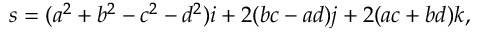
\boldsymbol { s } = ( a ^ { 2 } + b ^ { 2 } - c ^ { 2 } - d ^ { 2 } ) \boldsymbol { i } + 2 ( b c - a d ) \boldsymbol { j } + 2 ( a c + b d ) \boldsymbol { k } ,